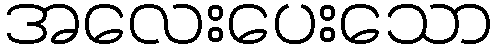
အလေးပေးသော